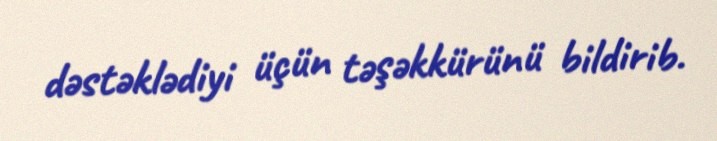
dəstəklədiyi üçün təşəkkürünü bildirib.